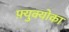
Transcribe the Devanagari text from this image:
फ़्युक्योका